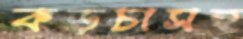
কড়চাসহ